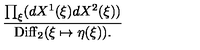
{ \frac { \prod _ { \xi } ( d X ^ { 1 } ( \xi ) d X ^ { 2 } ( \xi ) ) } { \mathrm { D i f f } _ { 2 } ( \xi \mapsto \eta ( \xi ) ) . } }